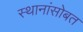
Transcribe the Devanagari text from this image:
स्थानांसोबत